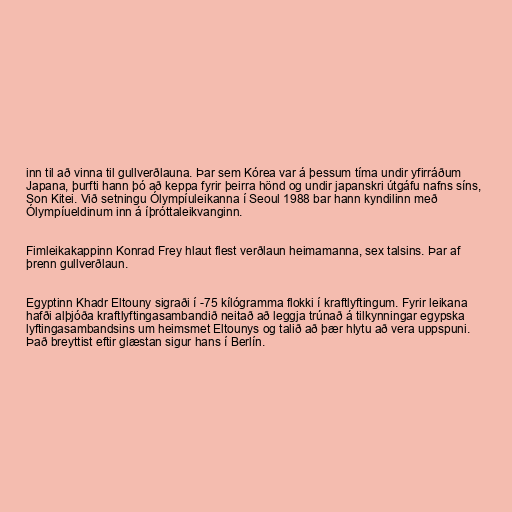
inn til að vinna til gullverðlauna. Þar sem Kórea var á þessum tíma undir yfirráðum
Japana, þurfti hann þó að keppa fyrir þeirra hönd og undir japanskri útgáfu nafns síns,
Son Kitei. Við setningu Ólympíuleikanna í Seoul 1988 bar hann kyndilinn með
Ólympíueldinum inn á íþróttaleikvanginn.

Fimleikakappinn Konrad Frey hlaut flest verðlaun heimamanna, sex talsins. Þar af
þrenn gullverðlaun.

Egyptinn Khadr Eltouny sigraði í -75 kílógramma flokki í kraftlyftingum. Fyrir leikana
hafði alþjóða kraftlyftingasambandið neitað að leggja trúnað á tilkynningar egypska
lyftingasambandsins um heimsmet Eltounys og talið að þær hlytu að vera uppspuni.
Það breyttist eftir glæstan sigur hans í Berlín.